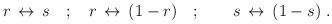
LaTeX: \begin{align*}r \, \leftrightarrow \, s \quad ; \quad r \, \leftrightarrow \, (1-r) \quad ; \quad\quad s \, \leftrightarrow \, (1-s)\ .\end{align*}